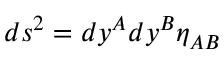
d s ^ { 2 } = d y ^ { A } d y ^ { B } \eta _ { A B }